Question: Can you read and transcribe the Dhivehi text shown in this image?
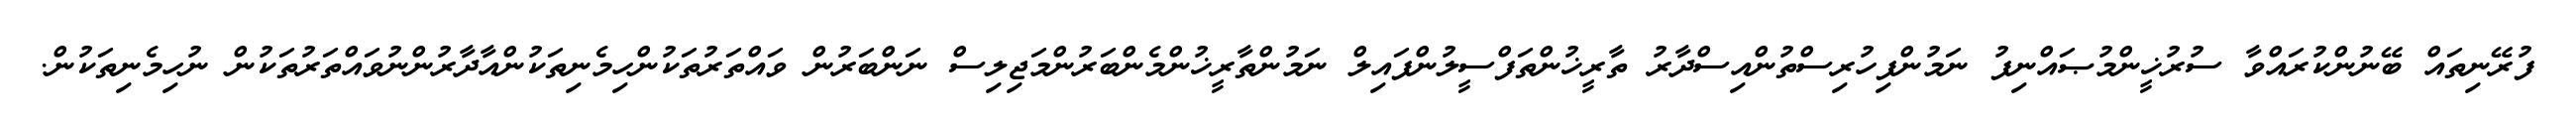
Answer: ފުރޭނިތައް ބޭނުންކުރައްވާ ސުރުޚީންމުޞައްނިފު ނަމުންފިހުރިސްތުންއިސްދާރު ތާރީޚުންތަފްސީލުންފައިލް ނަމުންތާރީޚުންމެންބަރުންމަޖިލިސް ނަންބަރުން ވައްތަރުތަކުންހިމެނިތަކުންއާދާރުންނުވައްތަރުތަކުން ނުހިމެނިތަކުން.